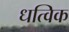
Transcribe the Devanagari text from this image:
धत्विक